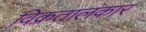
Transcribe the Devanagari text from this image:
विक्रतालंकार